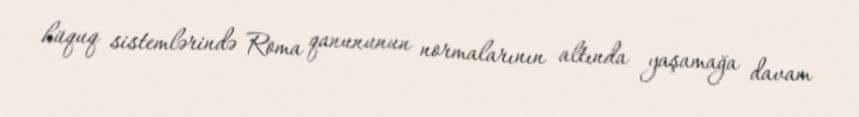
hüquq sistemlərində Roma qanununun normalarının altında yaşamağa davam